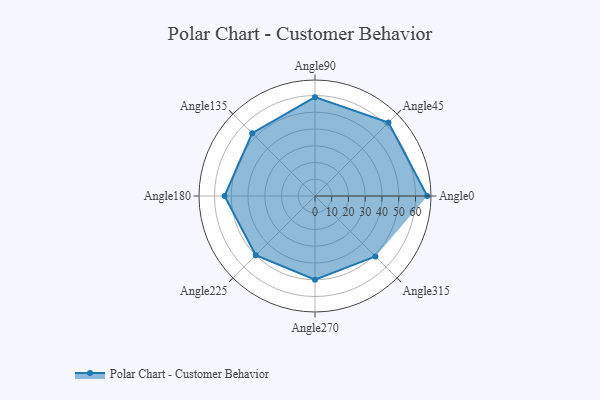
{"axis": {"x": "Angle", "y": "Radius"}, "legend": [""], "data": [{"x": "Angle0", "y": 67.0, "type": ""}, {"x": "Angle45", "y": 62.0, "type": ""}, {"x": "Angle90", "y": 59.0, "type": ""}, {"x": "Angle135", "y": 53.0, "type": ""}, {"x": "Angle180", "y": 54.0, "type": ""}, {"x": "Angle225", "y": 50.0, "type": ""}, {"x": "Angle270", "y": 50, "type": ""}, {"x": "Angle315", "y": 51.0, "type": ""}]}